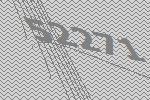
52271